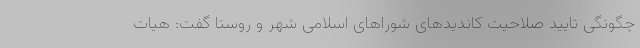
چگونگی تایید صلاحیت کاندیدهای شوراهای اسلامی شهر و روستا گفت: هیات